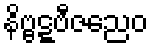
နိဗ္ဗဋ္ဋဗီဇညေဝ